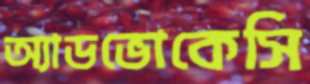
অ্যাডভোকেসি